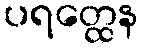
ပရတ္ထေန